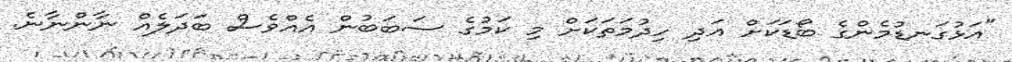
"އަޅުގަނޑުމެންގެ ބޯޑަކަށް އަދި ހިދުމަތަކަށް މި ކަމުގެ ސަބަބުން އެއްވެސް ބަދަލެއް ނާންނާނެ.